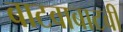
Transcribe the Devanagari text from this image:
बाटवाबाटवी